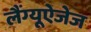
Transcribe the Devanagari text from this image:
लैंग्यूऐजेज